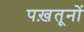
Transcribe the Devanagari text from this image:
पख़तूनों